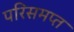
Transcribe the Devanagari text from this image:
परिसमप्‍त